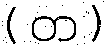
( တ )